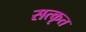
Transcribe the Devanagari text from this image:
सत्कृत